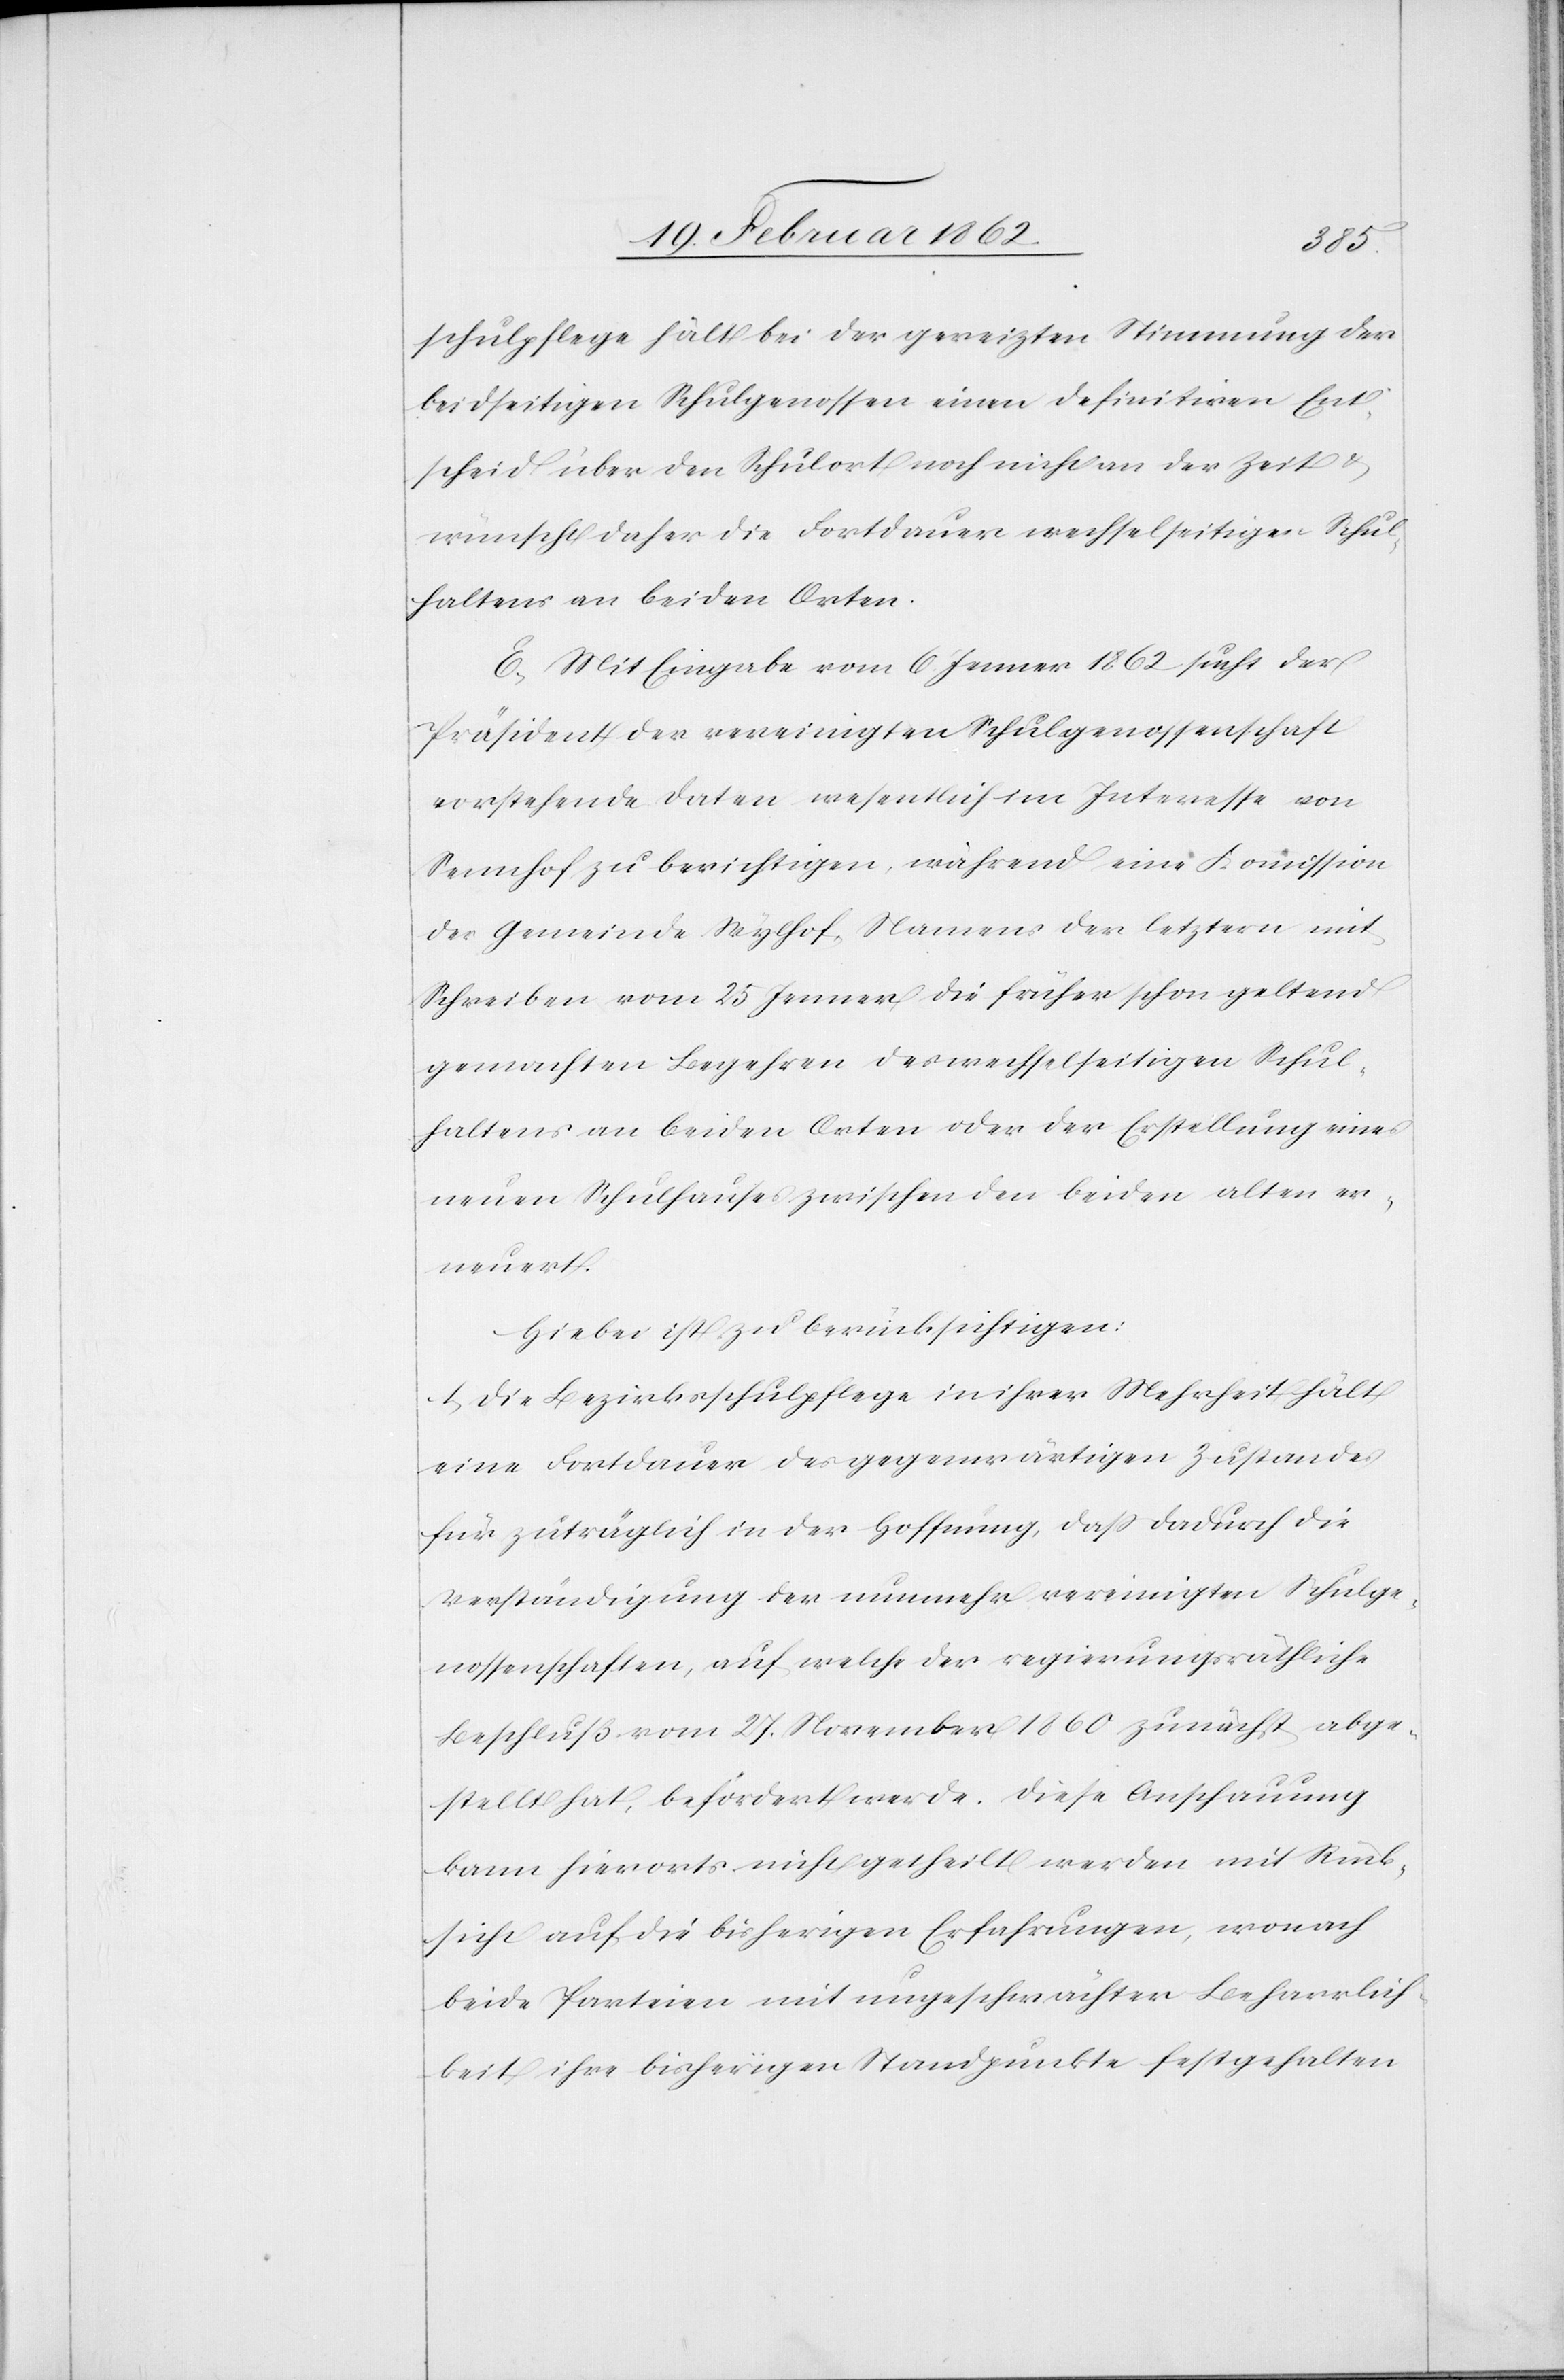
schulpflege hält bei der gereizten Stimmung der
beidseitigen Schulgenossen einen definitiven Ent¬
scheid über den Schulort noch nicht an der Zeit &
wünscht daher die Fortdauer wechselseitigen Schul¬
haltens an beiden Orten.
E. Mit Eingabe vom 6 Jenner 1862 sucht der
Präsident der vereinigten Schulgenossenschaft
vorstehende Daten wesentlich im Interesse von
Sennhof zu berichtigen, während eine Kommission
der Gemeinde Wylhof [sic!], Namens der letztern mit
Schreiben vom 25 Jenner die früher schon geltend
gemachten Begehren des wechselseitigen Schul¬
haltens an beiden Orten oder der Erstellung eines
neuen Schulhauses zwischen den beiden alten er¬
neuert.
Hiebei ist zu berücksichtigen:
1) Die Bezirksschulpflege in ihrer Mehrheit hält
eine Fortdauer des gegenwärtigen Zustandes
für zuträglich in der Hoffnung, daß dadurch die
Verständigung der nunmehr vereinigten Schulge¬
nossenschaften, auf welche der regierungsräthliche
Beschluß vom 27. November 1860 zunächst abge¬
stellt hat, befördert werde. Diese Anschauung
kann hierorts nicht getheilt werden mit Rück¬
sicht auf die bisherigen Erfahrungen, wonach
beide Parteien mit ungeschwächter Beharrlich¬
keit ihre bisherigen Standpunkte festgehalten